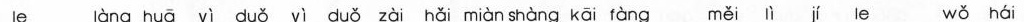
leàng huā yì duǒ yì duǒ zài hǎi miàn shàng kāi fàng měi ìíle wǒ nái 浪